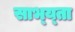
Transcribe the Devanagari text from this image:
साभ्य्ता